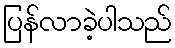
ပြန်လာခဲ့ပါသည်